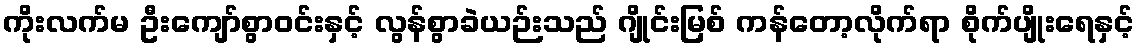
ကိုးလက်မ ဦးကျော်စွာဝင်းနှင့် လွန်စွာခဲယဉ်းသည် ဂျိုင်းမြစ် ကန်တော့လိုက်ရာ စိုက်ပျိုးရေနှင့်